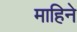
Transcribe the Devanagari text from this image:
माहिने